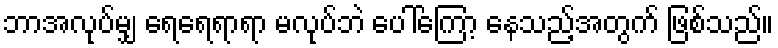
ဘာအလုပ်မျှ ရေရေရာရာ မလုပ်ဘဲ ပေါ်ကြော့ နေသည့်အတွက် ဖြစ်သည်။